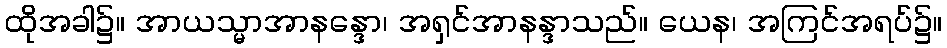
ထိုအခါ၌။ အာယသ္မာအာနန္ဒော၊ အရှင်အာနန္ဒာသည်။ ယေန၊ အကြင်အရပ်၌။